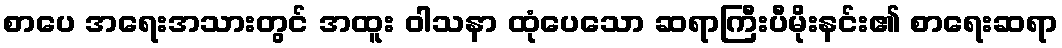
စာပေ အရေးအသားတွင် အထူး ဝါသနာ ထုံပေသော ဆရာကြီးပီမိုးနင်း၏ စာရေးဆရာ